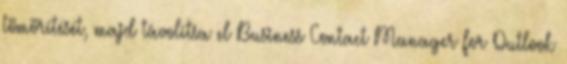
tömörítését, majd távolítsa el Business Contact Manager for Outlook